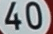
40